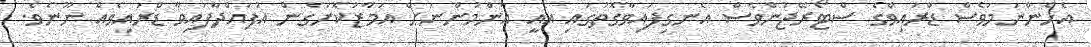
އެހެންނަމަވެސް ޑްރައިވްގެ ސްޓޯރޭޖުންވެސް އެނގިފައިވާގޮތުގައި އެއީ އާންމުންނަށް އަމާޒުކޮށްގެން އުފައްދާފައިވާ ޑްރައިވެއް ނޫނެވެ.